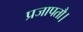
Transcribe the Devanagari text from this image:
प्रजापतौ।